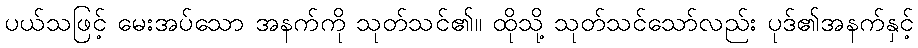
ပယ်သဖြင့် မေးအပ်သော အနက်ကို သုတ်သင်၏။ ထိုသို့ သုတ်သင်သော်လည်း ပုဒ်၏အနက်နှင့်